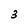
Character: 3